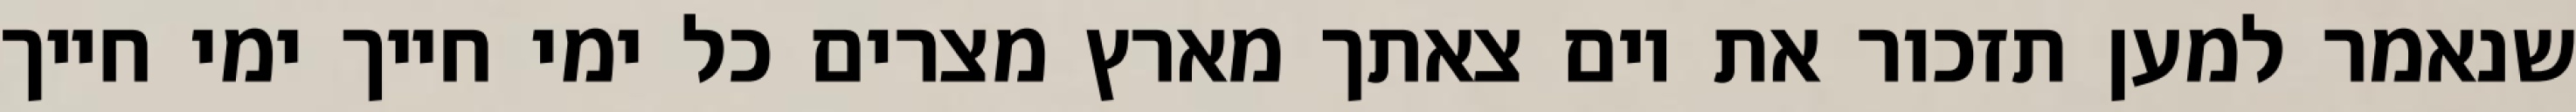
שנאמר למען תזכור את יום צאתך מארץ מצרים כל ימי חייך ימי חייך